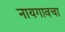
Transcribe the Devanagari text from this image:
नायगावचा